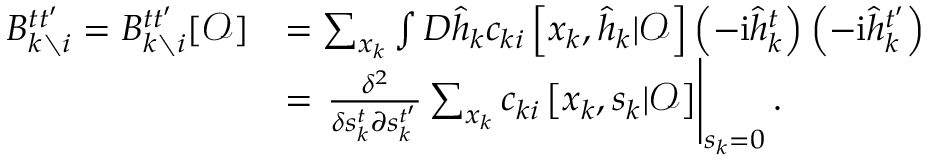
\begin{array} { r l } { B _ { k \setminus i } ^ { t t ^ { \prime } } = B _ { k \setminus i } ^ { t t ^ { \prime } } [ \boldsymbol { \mathcal { O } } ] } & { = \sum _ { \boldsymbol { x } _ { k } } \int D \hat { \boldsymbol { h } } _ { k } c _ { k i } \left[ \boldsymbol { x } _ { k } , \hat { \boldsymbol { h } } _ { k } | \boldsymbol { \mathcal { O } } \right] \left( - \mathrm { i } \hat { h } _ { k } ^ { t } \right) \left( - \mathrm { i } \hat { h } _ { k } ^ { t ^ { \prime } } \right) } \\ & { = \left. \frac { \delta ^ { 2 } } { \delta s _ { k } ^ { t } \partial s _ { k } ^ { t ^ { \prime } } } \sum _ { \boldsymbol { x } _ { k } } c _ { k i } \left[ \boldsymbol { x } _ { k } , \boldsymbol { s } _ { k } | \boldsymbol { \mathcal { O } } \right] \right| _ { s _ { k } = 0 } . } \end{array}